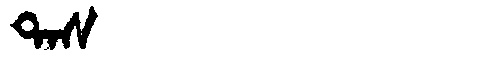
Manchu: ᡨᠠᠰ
Romanization: TAS